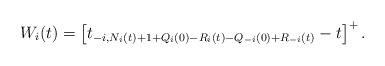
LaTeX: \begin{align*}W_i(t) = \left[ t_{-i,N_i(t) + 1 + Q_i(0) - R_i(t) - Q_{-i}(0)+ R_{-i}(t)} - t\right]^+.\end{align*}